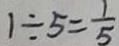
1 \div 5 = \frac { 1 } { 5 }